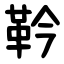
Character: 靲